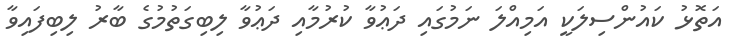
އަތޮޅު ކައުންސިލަކީ އަމިއްލަ ނަމުގައި ދަޢުވާ ކުރުމާއި ދަޢުވާ ލިބިގަތުމުގެ ބާރު ލިބިފައިވާ